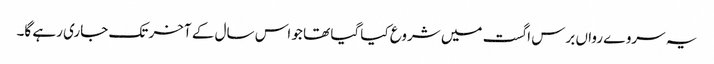
یہ سروے رواں برس اگست میں شروع کیا گیا تھا جو اس سال کے آخر تک جاری رہے گا۔